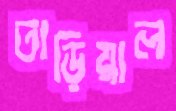
তাড়িয়াল